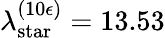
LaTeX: \lambda_{\mathrm{star}}^{(10\epsilon)}=13.53